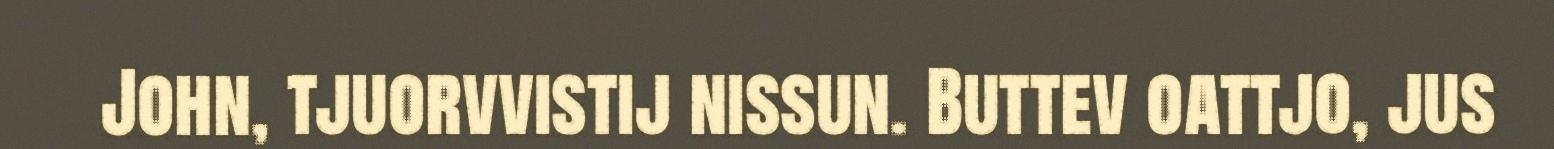
John, tjuorvvistij nissun. Buttev oattjo, jus